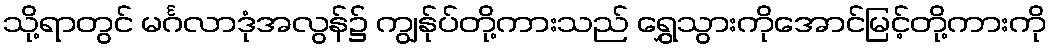
သို့ရာတွင် မင်္ဂလာဒုံအလွန်၌ ကျွန်ုပ်တို့ကားသည် ရွှေသွားကိုအောင်မြင့်တို့ကားကို